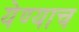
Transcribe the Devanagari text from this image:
येण्याच